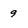
Character: 9